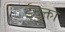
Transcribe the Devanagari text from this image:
ईदृक्ता